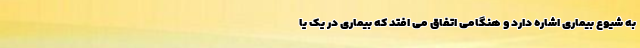
به شیوع بیماری اشاره دارد و هنگامی اتفاق می افتد که بیماری در یک یا